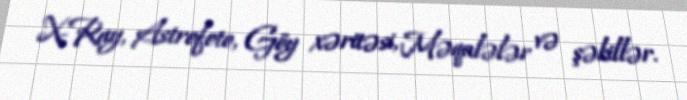
X-Ray, Astrofoto, Göy xəritəsi, Məqalələr və şəkillər.